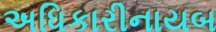
અધિકારીનાયબ